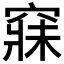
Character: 𥧌